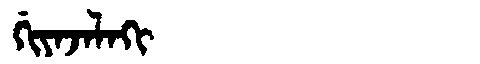
Manchu: ᡤᡳᠶᠠᠵᠠᠯᠠᡴᡳ
Romanization: GIYAJALAKI